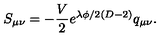
S _ { \mu \nu } = - \frac { V } { 2 } e ^ { \lambda \phi / 2 ( D - 2 ) } q _ { \mu \nu } .